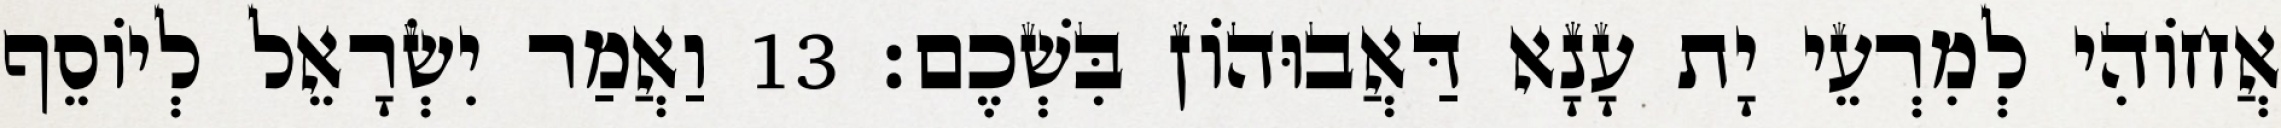
אֲחוֹהִי לְמִרְעֵי יָת עָנָא דַּאֲבוּהוֹן בִּשְׁכֶם׃ 13 וַאֲמַר יִשְׂרָאֵל לְיוֹסֵף